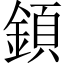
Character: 顉